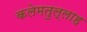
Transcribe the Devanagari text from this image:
कलेमतुल्लाह